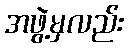
အဖွဲ့မှလည်း